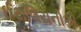
ઈટાલિયનોએ